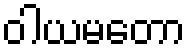
ဝါယမတော